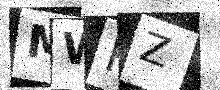
Text: MWPZ